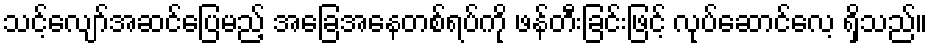
သင့်လျော်အဆင်ပြေမည့် အခြေအနေတစ်ရပ်ကို ဖန်တီးခြင်းဖြင့် လုပ်ဆောင်လေ့ ရှိသည်။